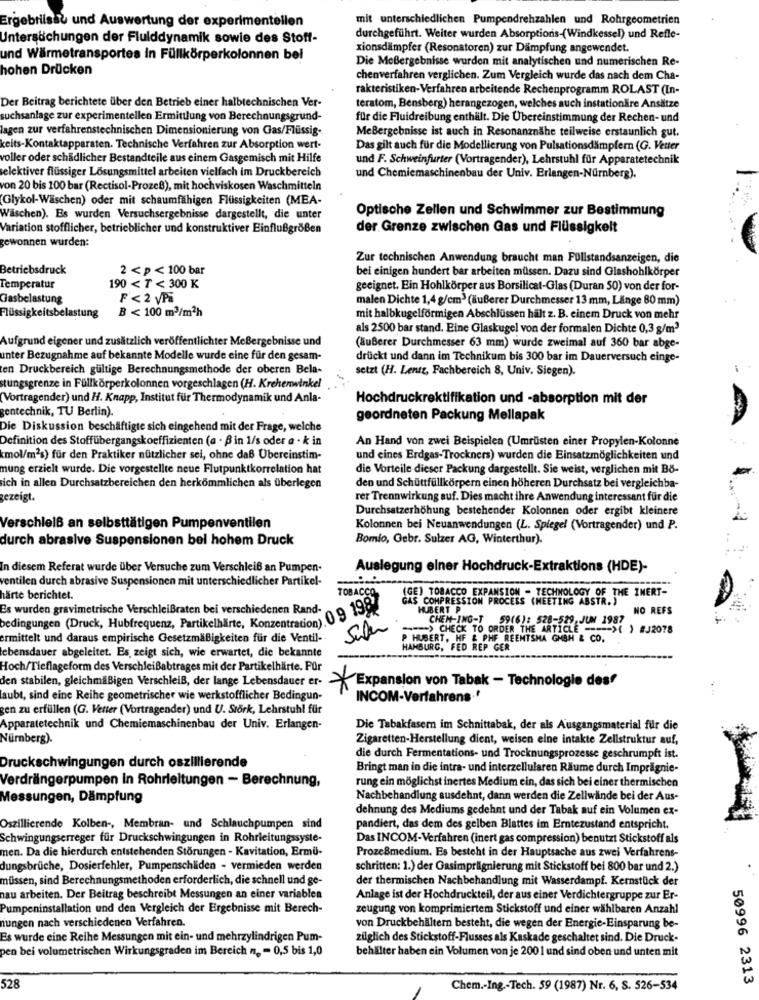
Ergebrilsal und Auswertung der experimentellen
mit unterschiedlichen Pumpendrehzahlen und Rohrgeometrien
Untersächungen der Fluiddynamik sowie des Stoff-
durchgeführt. Weiter wurden Absorptions-(Windkessel) und Refle-
xionsdämpfer (Resonatoren) zur Dämpfung angewendet.
und Wärmetransportes In Füllkörperkolonnen bei
Die Meßergebnisse wurden mit analytischen und numerischen Re-
hohen Drücken
chenverfahren verglichen. Zum Vergleich wurde das nach dem Cha-
rakteristiken-Verfahren arbeitende Rechenprogramm ROLAST (In-
Der Beitrag berichtete über den Betrieb einer halbtechnischen Ver-
teratom, Bensberg) herangezogen, welches auch instationäre Ansätze
suchsanlage zur experimentellen Ermittlung von Berechnungsgrund-
für die Fluidreibung enthält. Die Übereinstimmung der Rechen- und
lagen zur verfahrenstechnischen Dimensionierung von Gas/Flüssig-
Meßergebnisse ist auch in Resonanznähe teilweise erstaunlich gut.
keits-Kontaktapparaten. Technische Verfahren zur Absorption wert-
Das gilt auch für die Modellierung von Pulsationsdämpfer (G. Vetter
voller oder schädlicher Bestandteile aus einem Gasgemisch mit Hilfe
und F. Schweinfurter (Vortragender), Lehrstuhl für Apparatetechnik
selektiver flüssiger Lösungsmittel arbeiten vielfach im Druckbereich
und Chemiemaschinenbau der Univ. Erlangen-Nürnberg).
von 20 bis 100 bar (Rectisol-Prozeß), mit hochviskosen Waschmitteln
(Glykol-Wäschen) oder mit schaumfähigen Flüssigkeiten (MEA-
Wäschen). Es wurden Versuchsergebnisse dargestellt, die unter
Optische Zellen und Schwimmer zur Bestimmung
Variation stofflicher, betrieblicher und konstruktiver Einflußgroßen
der Grenze zwischen Gas und Flüssigkeit
gewonnen wurden:
Zur technischen Anwendung braucht man Füllstandsanzeigen, die
Betriebsdruck
2 < p <100 bar
bei einigen hundert bar arbeiten müssen. Dazu sind Glashohlkörper
Temperatur
190< T < 300 K
geeignet. Ein Hohlkörper aus Borsilicat-Glas (Duran 50) von der for-
Gasbelastung
F < 2 VPi
malen Dichte 1,4 g/cm3 (äußerer Durchmesser 13 mm, Länge 80 mm)
B < 100 m3/m2h
Flüssigkeitsbelastung
mit halbkugelförmigen Abschlüssen hält z. B. einem Druck von mehr
als 2500 bar stand. Eine Glaskugel von der formalen Dichte 0,3 g/m3
Aufgrund eigener und zusätzlich veröffentlichter Meßergebnisse und
(äußerer Durchmesser 63 mm) wurde zweimal auf 360 bar abge-
unter Bezugnahme auf bekannte Modelle wurde eine für den gesam-
drückt und dann im Technikum bis 300 bar im Dauerversuch einge-
ten Druckbereich gültige Berechnungsmethode der oberen Bela-
setzt (H. Lentz, Fachbereich 8, Univ. Siegen).
tungsgrenze in Fullkörperkolonnen vorgeschlagen (H. Krehenvinkel
(Vortragender) und H. Knapp, Institut für Thermodynamik und Anla-
Hochdruckrektifikation und -absorption mit der
gentechnik, TU Berlin).
geordneten Packung Mellapak
Die Diskussion beschäftigte sich eingehend mit der Frage, welche
Definition des Stoffübergangskoeffizienten (a . B in 1/s oder a · k in
An Hand von zwei Beispielen (Umrüsten einer Propylen-Kolonne
kmol/m2s) für den Praktiker nützlicher sei, ohne daß Übereinstim-
und eines Erdgas-Trockners) wurden die Einsatzmöglichkeiten und
mung erzielt wurde. Die vorgestellte neue Flutpunktkorrelation hat
die Vorteile dieser Packung dargestellt. Sie weist, verglichen mit Bö-
sich in allen Durchsatzbereichen den herkömmlichen als überlegen
den und Schüttfüllkörpern einen höheren Durchsatz bei vergleichba-
gezeigt.
rer Trennwirkung auf. Dies macht ihre Anwendung interessant für die
Durchsatzerhöhung bestehender Kolonnen oder ergibt kleinere
Verschleiß an selbsttätigen Pumpenventilen
Kolonnen bei Neuanwendungen (L. Spiegel (Vortragender) und P.
durch abrasive Suspensionen bel hohem Druck
Bomio, Gebr. Sulzer AG, Winterthur).
In diesem Referat wurde über Versuche zum Verschleiß an Pumpen-
Auslegung elner Hochdruck-Extraktions (HDE)-
ventilen durch abrasive Suspensionen mit unterschiedlicher Partikel-
TOBACCO
(GE) TOBACCO EXPANSION - TECHNOLOGY OF THE IMERT-
härte berichtet.
GAS COMPRESSION PROCESS (MEETING ABSTR. )
Es wurden gravimetrische Verschleißraten bei verschiedenen Rand-
HUBERT P
NO REFS
bedingungen (Druck, Hubfrequenz, Partikelharte, Konzentration) 09 199
CHEM-ING-T 59(6): 528-529 JUN 1987
Super
=> CHECK TO ORDER THE ARTICLE ----- >( ) #J2078
ermittelt und daraus empirische Gesetzmäßigkeiten für die Ventil-
P HUBERT, HF & PHE REEMTSMA GMBH & CO.
lebensdauer abgeleitet. Es, zeigt sich, wie erwartet, die bekannte
HAMBURG, FED REP GER
Hoch/Tieflageform des Verschleißabtrages mit der Partikelhärte. Pür
den stabilen, gleichmäßigen Verschleiß, der lange Lebensdauer er-
Expansion von Tabak - Technologie des
laubt, sind eine Reihe geometrischer wie werkstofflicher Bedingun-
INCOM-Verfahrens ··
gen zu erfüllen (G. Vetter (Vortragender) und U. Störk, Lehrstuhl für
Apparatetechnik und Chemiemaschinenbau der Univ. Erlangen-
Die Tabakfasern im Schnittabak, der als Ausgangsmaterial für die
Nürnberg).
Zigaretten-Herstellung dient, weisen eine intakte Zellstruktur auf,
die durch Fermentations- und Trocknungsprozesse geschrumpft ist.
Druckschwingungen durch oszillierende
Bringt man in die intra- und interzellularen Räume durch Imprägnie-
Verdrängerpumpen in Rohrleitungen - Berechnung,
rung ein möglichst inertes Medium ein, das sich bei einer thermischen
Messungen, Dämpfung
Nachbehandlung ausdehnt, dann werden die Zellwände bei der Aus-
dehnung des Mediums gedehnt und der Tabak auf ein Volumen ex-
Oszillierende Kolben -, Membran- und Schlauchpumpen sind
pandiert, das dem des gelben Blattes im Erntezustand entspricht.
Schwingungserreger für Druckschwingungen in Rohrleitungssyste-
Das INCOM-Verfahren (inert gas compression) benutzt Stickstoff als
men. Da die hierdurch entstehenden Störungen - Kavitation, Ermü-
ProzeBmedium. Es besteht in der Hauptsache aus zwei Verfahrens-
dungsbrüche, Dosierfehler, Pumpenschliden - vermieden werden
schritten: 1.) der Gasimprägnierung mit Stickstoff bei 800 bar und 2.)
müssen, sind Berechnungsmethoden erforderlich, die schnell und ge-
der thermischen Nachbehandlung mit Wasserdampf. Kernstück der
nau arbeiten. Der Beitrag beschreibt Messungen an einer variablen
Anlage ist der Hochdruckteil, der aus einer Verdichtergruppe zur Er-
Pumpeninstallation und den Vergleich der Ergebnisse mit Berech-
zeugung von komprimiertem Stickstoff und einer wählbaren Anzahl
nungen nach verschiedenen Verfahren.
von Druckbehältern besteht, die wegen der Energie-Einsparung be-
Es wurde eine Reihe Messungen mit ein- und mehrzylindrigen Pum-
zilglich des Stickstoff-Flusses als Kaskade geschaltet sind. Die Druck-
pen bei volumetrischen Wirkungsgraden im Bereich n. - 0,5 bis 1,0
behälter haben ein Volumen von je 200 1 und sind oben und unten mit
50996 2313
528
Chem .- Ing .- Tech. 59 (1987) Nr. 6, S. 526-534